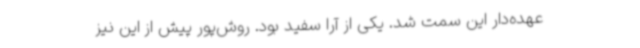
عهده‌دار این سمت شد. یکی از آرا سفید بود. روش‌پور پیش از این نیز